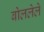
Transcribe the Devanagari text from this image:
बोललेले